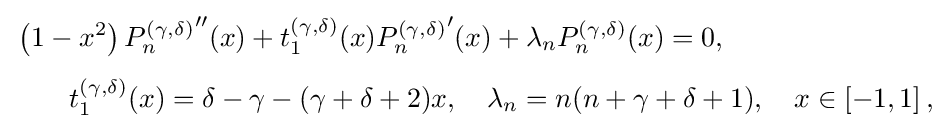
{\begin{aligned}&\left(1-x^{2}\right){P_{n}^{(\gamma ,\delta )}}''(x)+t_{1}^{(\gamma ,\delta )}(x){P_{n}^{(\gamma ,\delta )}}'(x)+\lambda _{n}P_{n}^{(\gamma ,\delta )}(x)=0,\\[4pt]&\qquad t_{1}^{(\gamma ,\delta )}(x)=\delta -\gamma -(\gamma +\delta +2)x,\quad \lambda _{n}=n(n+\gamma +\delta +1),\quad x\in \left[-1,1\right],\end{aligned}}